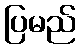
ပြမည်